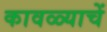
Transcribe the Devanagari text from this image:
कावळ्याचें